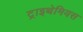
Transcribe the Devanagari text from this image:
ट्राइथेमियस